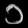
Digit: ၁